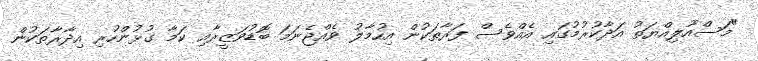
"މަސްއޫލިއްޔަތު އަދާކުރުމުގައި އެއްވެސް ފަރާތަކުން އިހުމާލު ވެއްޖެނަމަ ބޮޑުވަޒީރާއި ކަމާ ގުޅުންހުރި އިދާރާތަކުން